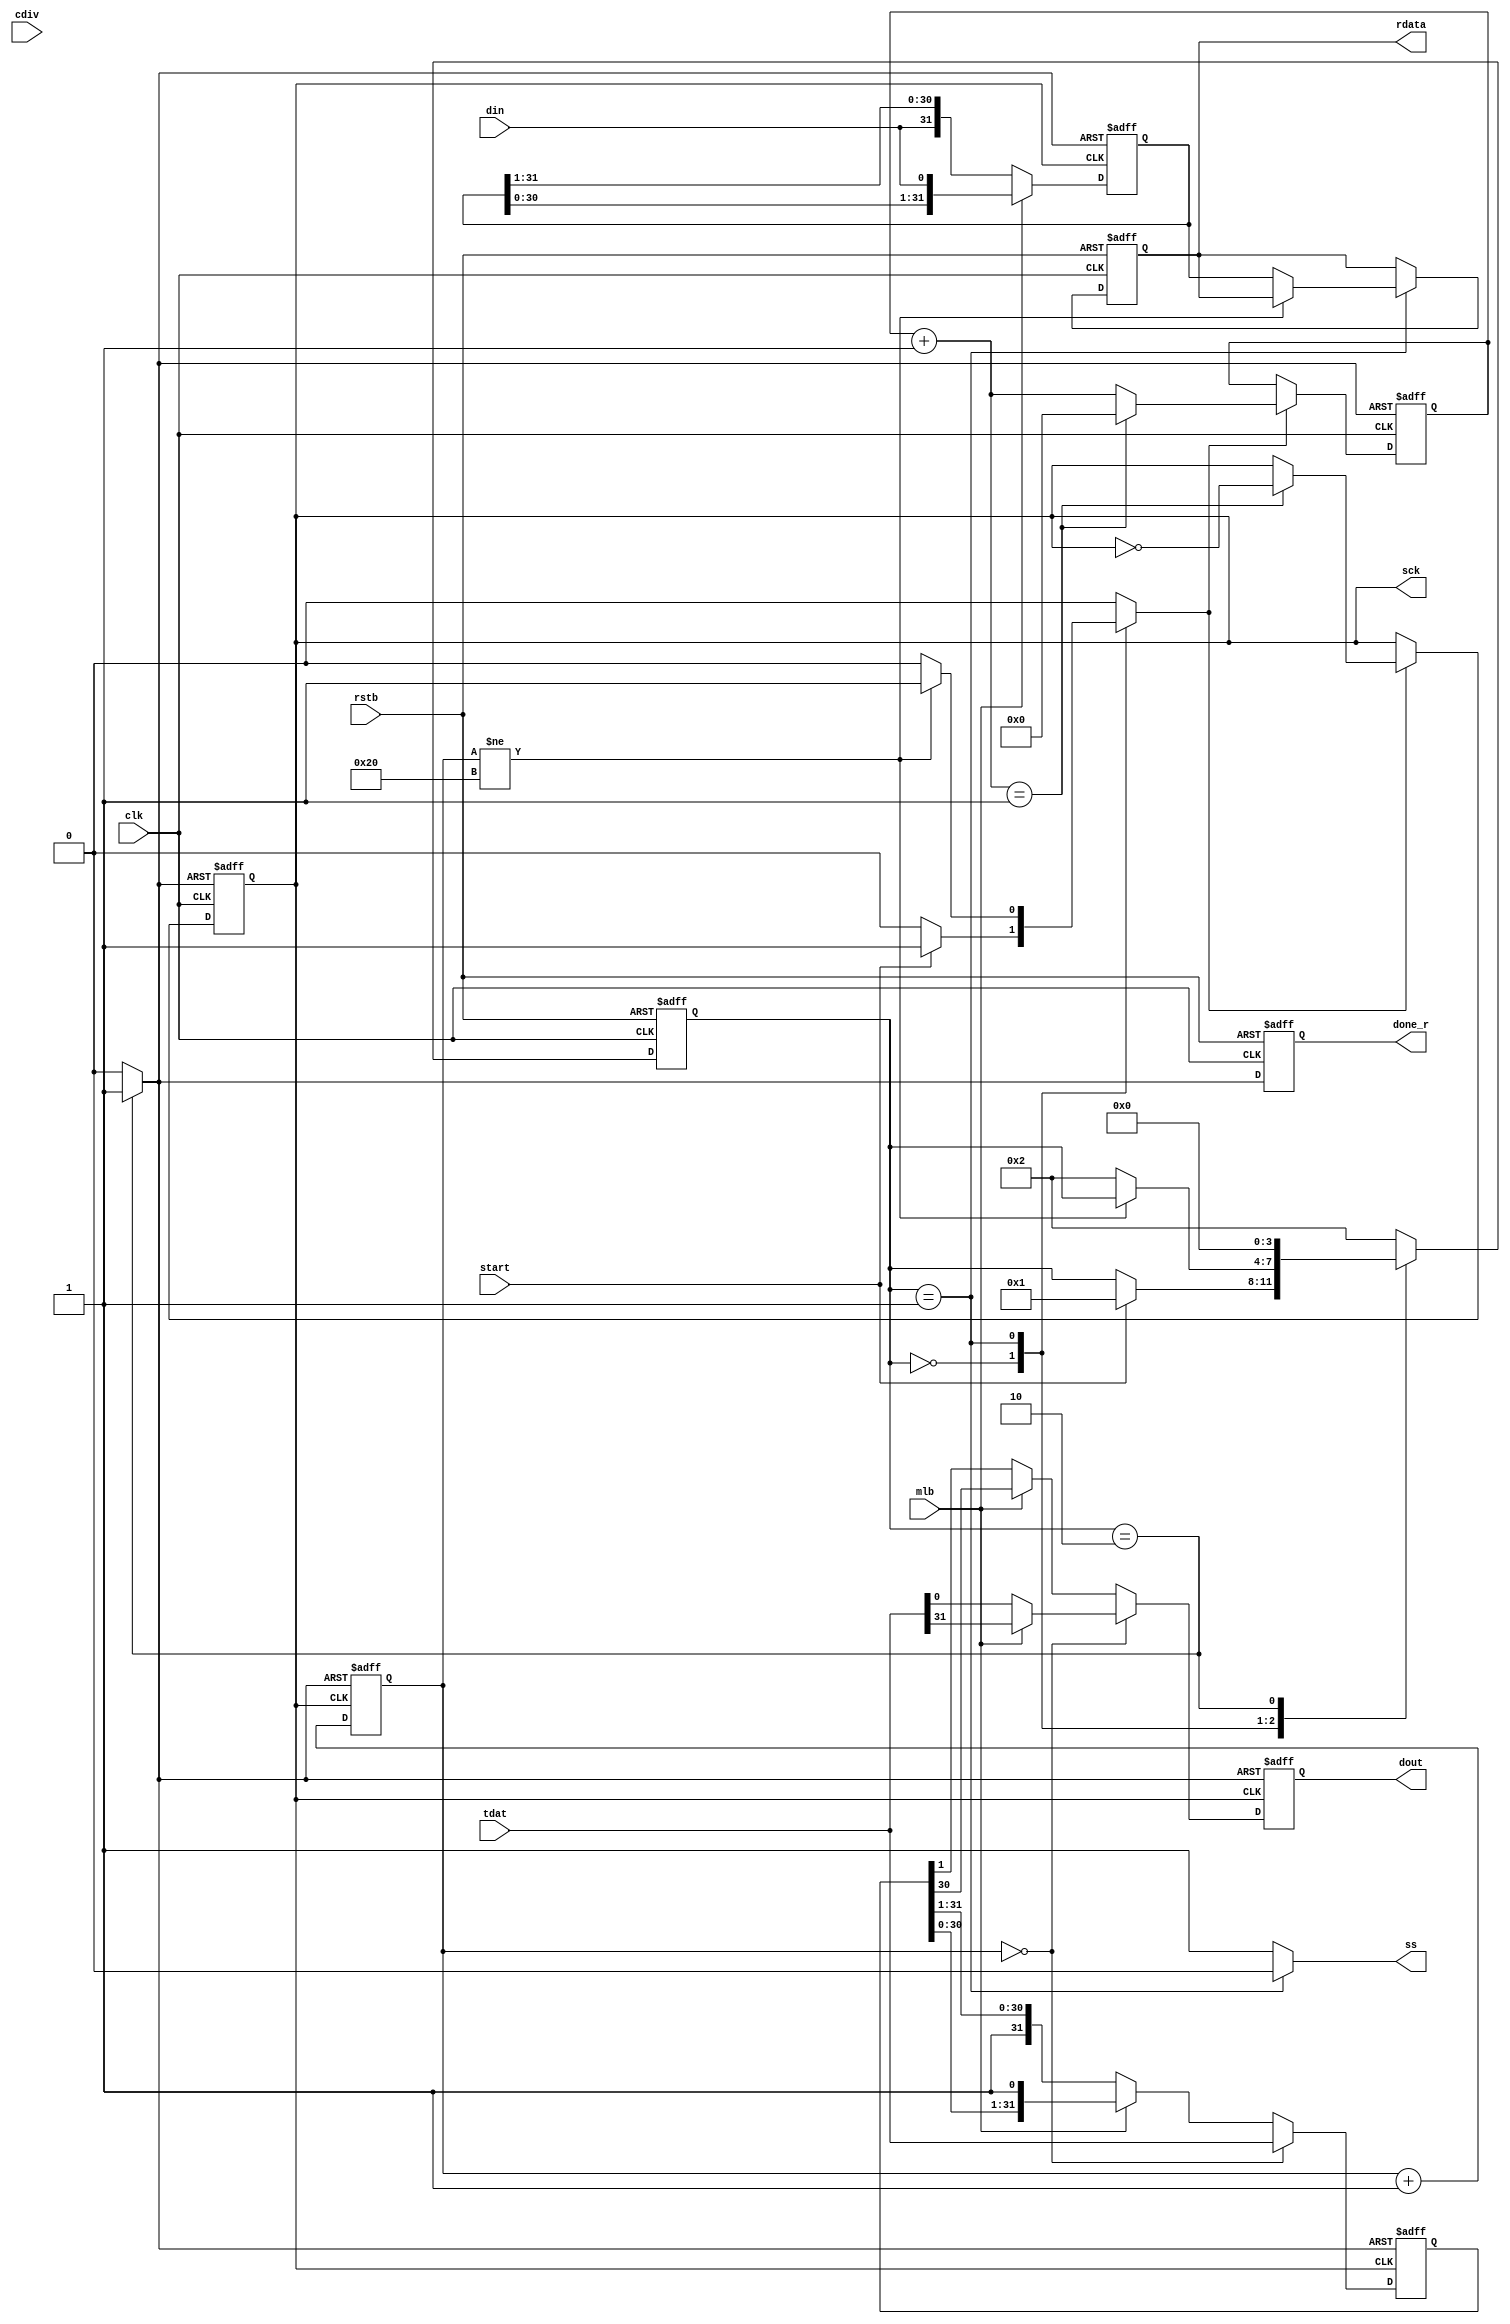
module spi_master(rstb, clk, mlb, start, tdat, cdiv, 
				  din,  ss, sck, dout, done_r, rdata);

parameter state_idle   = 4'd0;		
parameter state_send   = 4'd1; 
parameter state_finish = 4'd2;


input 		 rstb, clk, mlb, start;
input [31:0] tdat;  //transmit data
input [1:0]  cdiv;  //clock divider
input 		 din;
output reg 	 ss; 
output reg 	 sck; 
output reg 	 dout; 
output reg 	 done_r;
output reg 	 [31:0] rdata; //received data
wire [4:0] 	mid;

reg [3:0] 	current_state,next_state;
reg [31:0] 	treg,rreg;
reg [31:0] 	rdata_next;
reg [31:0] 	nbit;
reg [4:0] 	cnt;
reg 		shift, clr;
reg			done;

assign mid = 1;

//state transistion
always @ (negedge clk or negedge rstb) begin
	if (rstb == 0) 
		done_r  <= 1'b0;
	else 
		if (current_state == state_finish)
			done_r <= 1'b1;
		else 
			done_r <= 1'b0;
end

//state transistion
always @ (negedge clk or negedge rstb) begin
	if (rstb == 0) begin
		current_state <= state_finish;
		rdata         <= 0;
	end
	else begin
		current_state <= next_state;
		rdata         <= rdata_next;
	end
end


//FSM i/o
always  @ (start or current_state or nbit or cdiv or rreg or rdata) begin

	clr   = 0;  
	shift = 0;
	ss    = 1; 
	// done  = 0;
	rdata_next = rdata;
	next_state = current_state;

	/*	case (cdiv) // clk divider for spi sck 
		2'b00: mid = 2;
		2'b01: mid = 4;
		2'b10: mid = 8;
		2'b11: mid = 131;
	endcase*/

	case(current_state)

		state_idle: begin // 2'b00 = 0
			#1 // to avoid infinite simulation loop

			if (start == 1) begin 
				shift      = 1;
				next_state = state_send;	 
	        end
	    end    

		state_send: begin // 2'b10 = 2
			ss = 0;
			if (nbit != 32) begin
				shift = 1; 
			end
			else begin
				rdata_next = rreg;
				// done       = 1'b1;
				// next_state = state_wait_1;
				next_state = state_finish;
			end
		end		

		state_finish: begin // 2'b11 = 3
			shift = 0;
			ss    = 1;
			clr   = 1;
			// done  = 1'b1;
			next_state = state_idle;
		end

		default: next_state = state_finish;

	endcase
end


//setup falling edge (shift dout) sample rising edge (read din)
always @ (negedge clk or posedge clr) begin

	if (clr == 1) begin
		cnt = 5'd0; 
		sck = 0; 
	end 
	else begin
		if (shift == 1) begin
			cnt = cnt + 5'd1; 
			if (cnt == mid) begin
				sck = ~sck;
				cnt = 5'd0;
			end
		end 
	end 
end 


//sample @ rising edge (read din)
always @ (negedge sck or posedge clr ) begin // or negedge rstb

	if (clr == 1)  begin
		nbit = 7'd0;  
		rreg = 32'hFFFF_FFFF;  
	end 
	else begin 
		if (mlb == 0) begin //LSB first, din @ msb -> right shift
			rreg = { din, rreg[31:1] };  
		end 
		else begin //MSB first, din @ lsb -> left shift
			rreg = { rreg[30:0], din };  
		end
		nbit = nbit + 7'd1;
	end
end 


// shift dout @ falling edge (write dout)
always @ (posedge sck or posedge clr) begin

	if (clr == 1) begin
	  	treg = 32'h0;  
	  	dout = 0;  
	end  
	else begin
		if (nbit == 0) begin //load data into TREG
			treg = tdat; 
			dout = mlb ? treg[31] : treg[0];
		end //nbit_if
		else begin
			if (mlb == 0) begin //LSB first, shift right
				treg = { 1'b1, treg[31:1] }; 
				dout = treg[0]; 
			end 
			else begin //MSB first shift LEFT
				treg = { treg[30:0], 1'b1 }; 
				dout = treg[31]; 
			end
		end
	end 
end

endmodule